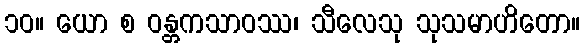
၁၀။ ယော စ ဝန္တကသာဝဿ၊ သီလေသု သုသမာဟိတော။